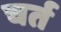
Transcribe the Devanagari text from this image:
चर्त